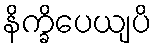
နိက္ခိပေယျပိ